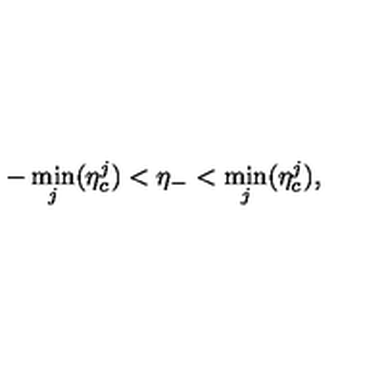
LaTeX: - \min _ { j } ( \eta _ { c } ^ { j } ) < \eta _ { - } < \min _ { j } ( \eta _ { c } ^ { j } ) ,